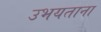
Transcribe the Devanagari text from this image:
उभयताना